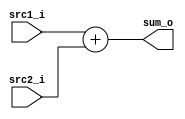
// 110550130 

//Subject:     CO project 2 - Adder
//--------------------------------------------------------------------------------
//Version:     1
//--------------------------------------------------------------------------------
//Writer:      Luke
//----------------------------------------------
//Date:        
//----------------------------------------------
//Description: 
//--------------------------------------------------------------------------------
`timescale 1ns/1ps
module Adder(
    src1_i,
	src2_i,
	sum_o
	);
     
//I/O ports
input  [32-1:0]  src1_i;
input  [32-1:0]	 src2_i;
output [32-1:0]	 sum_o;

//Internal Signals
//reg    [32-1:0]	 sum_o;

//Parameter
    
//Main function
assign sum_o = src1_i + src2_i;

endmodule